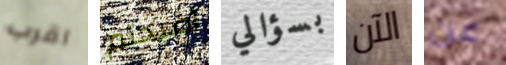
اقرب أصبحتم بسؤالي الآن عن